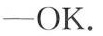
-OK.